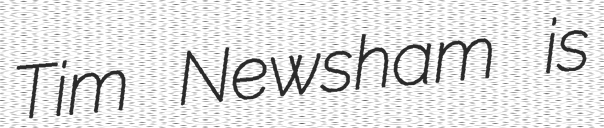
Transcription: Tim Newsham is